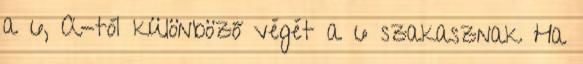
a 6, A-tól különböző végét a 6 szakasznak Ha